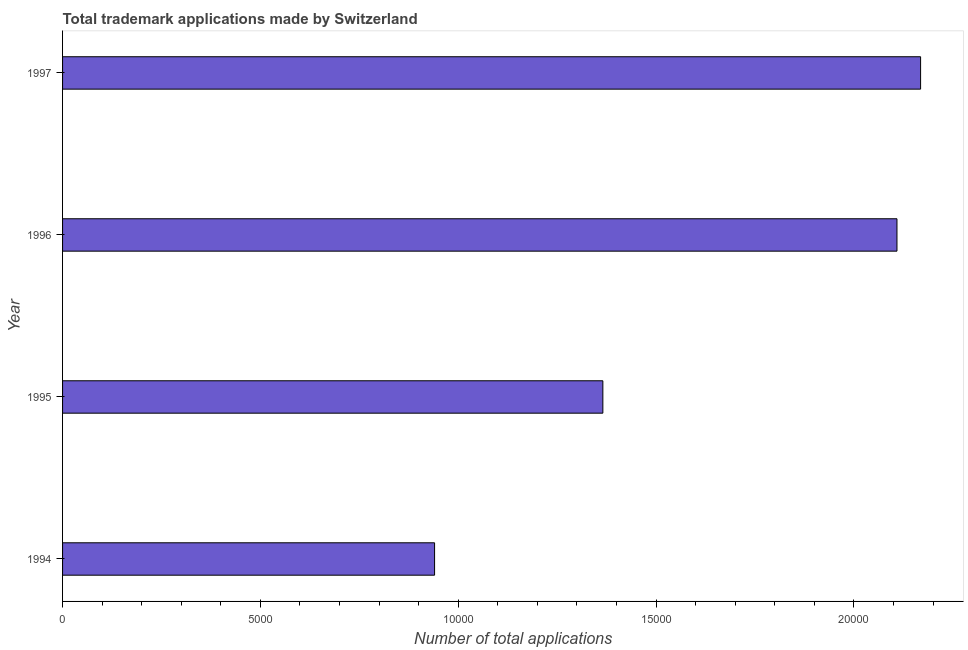
| Year | Trademark applications |
 | --- | --- |
 | 1994 | 9.4e+03 |
 | 1995 | 1.37e+04 |
 | 1996 | 2.11e+04 |
 | 1997 | 2.17e+04 |